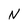
Character: N